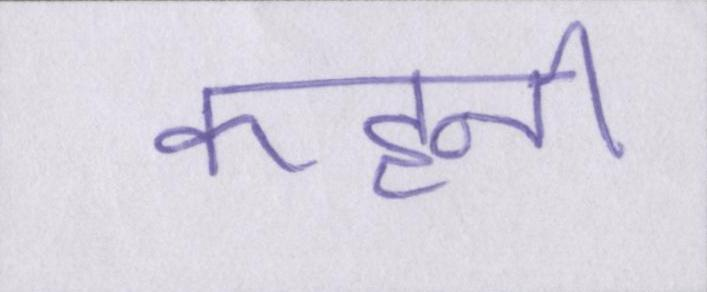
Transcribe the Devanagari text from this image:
कहनी